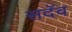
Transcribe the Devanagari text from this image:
सदॅव